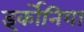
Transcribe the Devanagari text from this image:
इर्कोनिया